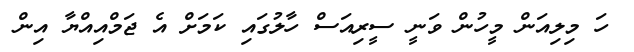
ހަ މިލިއަން މީހުން ވަނީ ސީރިއަސް ހާލުގައި ކަމަށް އެ ޖަމްއިއްޔާ އިން